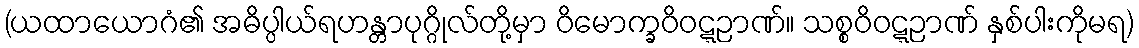
(ယထာယောဂံ၏ အဓိပ္ပါယ်ရဟန္တာပုဂ္ဂိုလ်တို့မှာ ဝိမောက္ခဝိဝဋ္ဋဉာဏ်။ သစ္စဝိဝဋ္ဋဉာဏ် နှစ်ပါးကိုမရ)